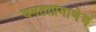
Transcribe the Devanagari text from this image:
घनताप्रमाणेच